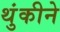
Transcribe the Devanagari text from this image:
थुंकीने